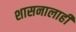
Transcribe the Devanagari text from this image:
शासनालाही